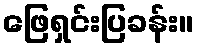
ဖြေရှင်းပြခန်း။